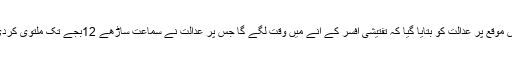
اس موقع پر عدالت کو بتایا گیا کہ تفتیشی افسر کے آنے میں وقت لگے گا جس پر عدالت نے سماعت ساڑھے 12بجے تک ملتوی کردی۔